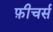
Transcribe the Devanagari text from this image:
फ़ीचर्स